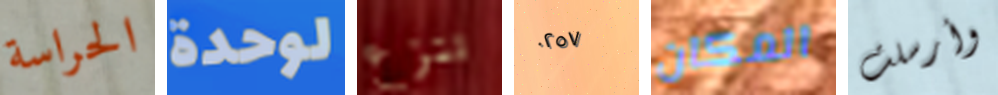
الحراسة لوحدة ننزع ٠٢٥٧ المكان وأرسلت